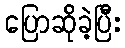
ပြောဆိုခဲ့ပြီး